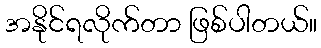
အနိုင်ရလိုက်တာ ဖြစ်ပါတယ်။